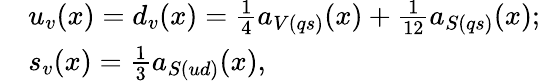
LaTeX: \begin{array}{clcr}{{}}&{{u_{v}(x)=d_{v}(x)=\frac{1}{4}a_{V(qs)}(x)+\frac{1}{12}a_{S(qs)}(x);}}\\ {{}}&{{s_{v}(x)=\frac{1}{3}a_{S(ud)}(x),}}\end{array}